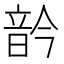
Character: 䪩